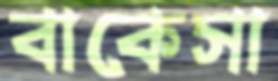
বাকেসা